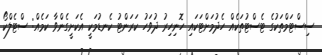
ސިސްޓަމްތަކުގެ ޓެސްޓުތަކެއް ހެދުމަށްޓަކައި ހޮނިހިރު ދުވަހު ކަރަންޓު ކެނޑުމަކީ އެކަށީގެންވާ ކަމެއް: ސްޓެލްކޯ